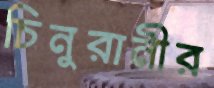
চিনুরানীর